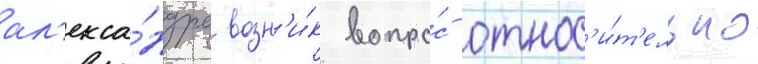
ал'екса́ндра возн'и́к вопро́с относ'и́т'ельно